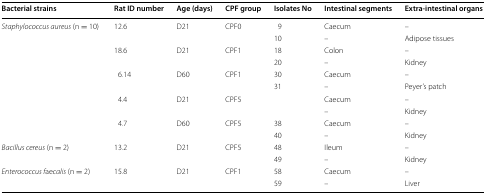
| Bacterial strains | Rat ID number | Age (days) | CPF group | Isolates No | Intestinal segments | Extra-intestinal organs |
 | --- | --- | --- | --- | --- | --- | --- |
 | <ROWSPAN=10> Staphylococcus aureus (n = 10) | <ROWSPAN=2> 12.6 | <ROWSPAN=2> D21 | <ROWSPAN=2> CPF0 | 9 | Caecum | – |
 | 10 | – | Adipose tissues |
 | <ROWSPAN=2> 18.6 | <ROWSPAN=2> D21 | <ROWSPAN=2> CPF1 | 18 | Colon | – |
 | 20 | – | Kidney |
 | <ROWSPAN=2> 6.14 | <ROWSPAN=2> D60 | <ROWSPAN=2> CPF1 | 30 | Caecum | – |
 | 31 | – | Peyer’s patch |
 | <ROWSPAN=2> 4.4 | <ROWSPAN=2> D21 | <ROWSPAN=2> CPF5 |  | Caecum | – |
 |  | – | Kidney |
 | <ROWSPAN=2> 4.7 | <ROWSPAN=2> D60 | <ROWSPAN=2> CPF5 | 38 | Caecum | – |
 | 40 | – | Kidney |
 | <ROWSPAN=2> Bacillus cereus (n = 2) | <ROWSPAN=2> 13.2 | <ROWSPAN=2> D21 | <ROWSPAN=2> CPF5 | 48 | Ileum | – |
 | 49 | – | Kidney |
 | <ROWSPAN=2> Enterococcus faecalis (n = 2) | <ROWSPAN=2> 15.8 | <ROWSPAN=2> D21 | <ROWSPAN=2> CPF1 | 58 | Caecum | – |
 | 59 | – | Liver |